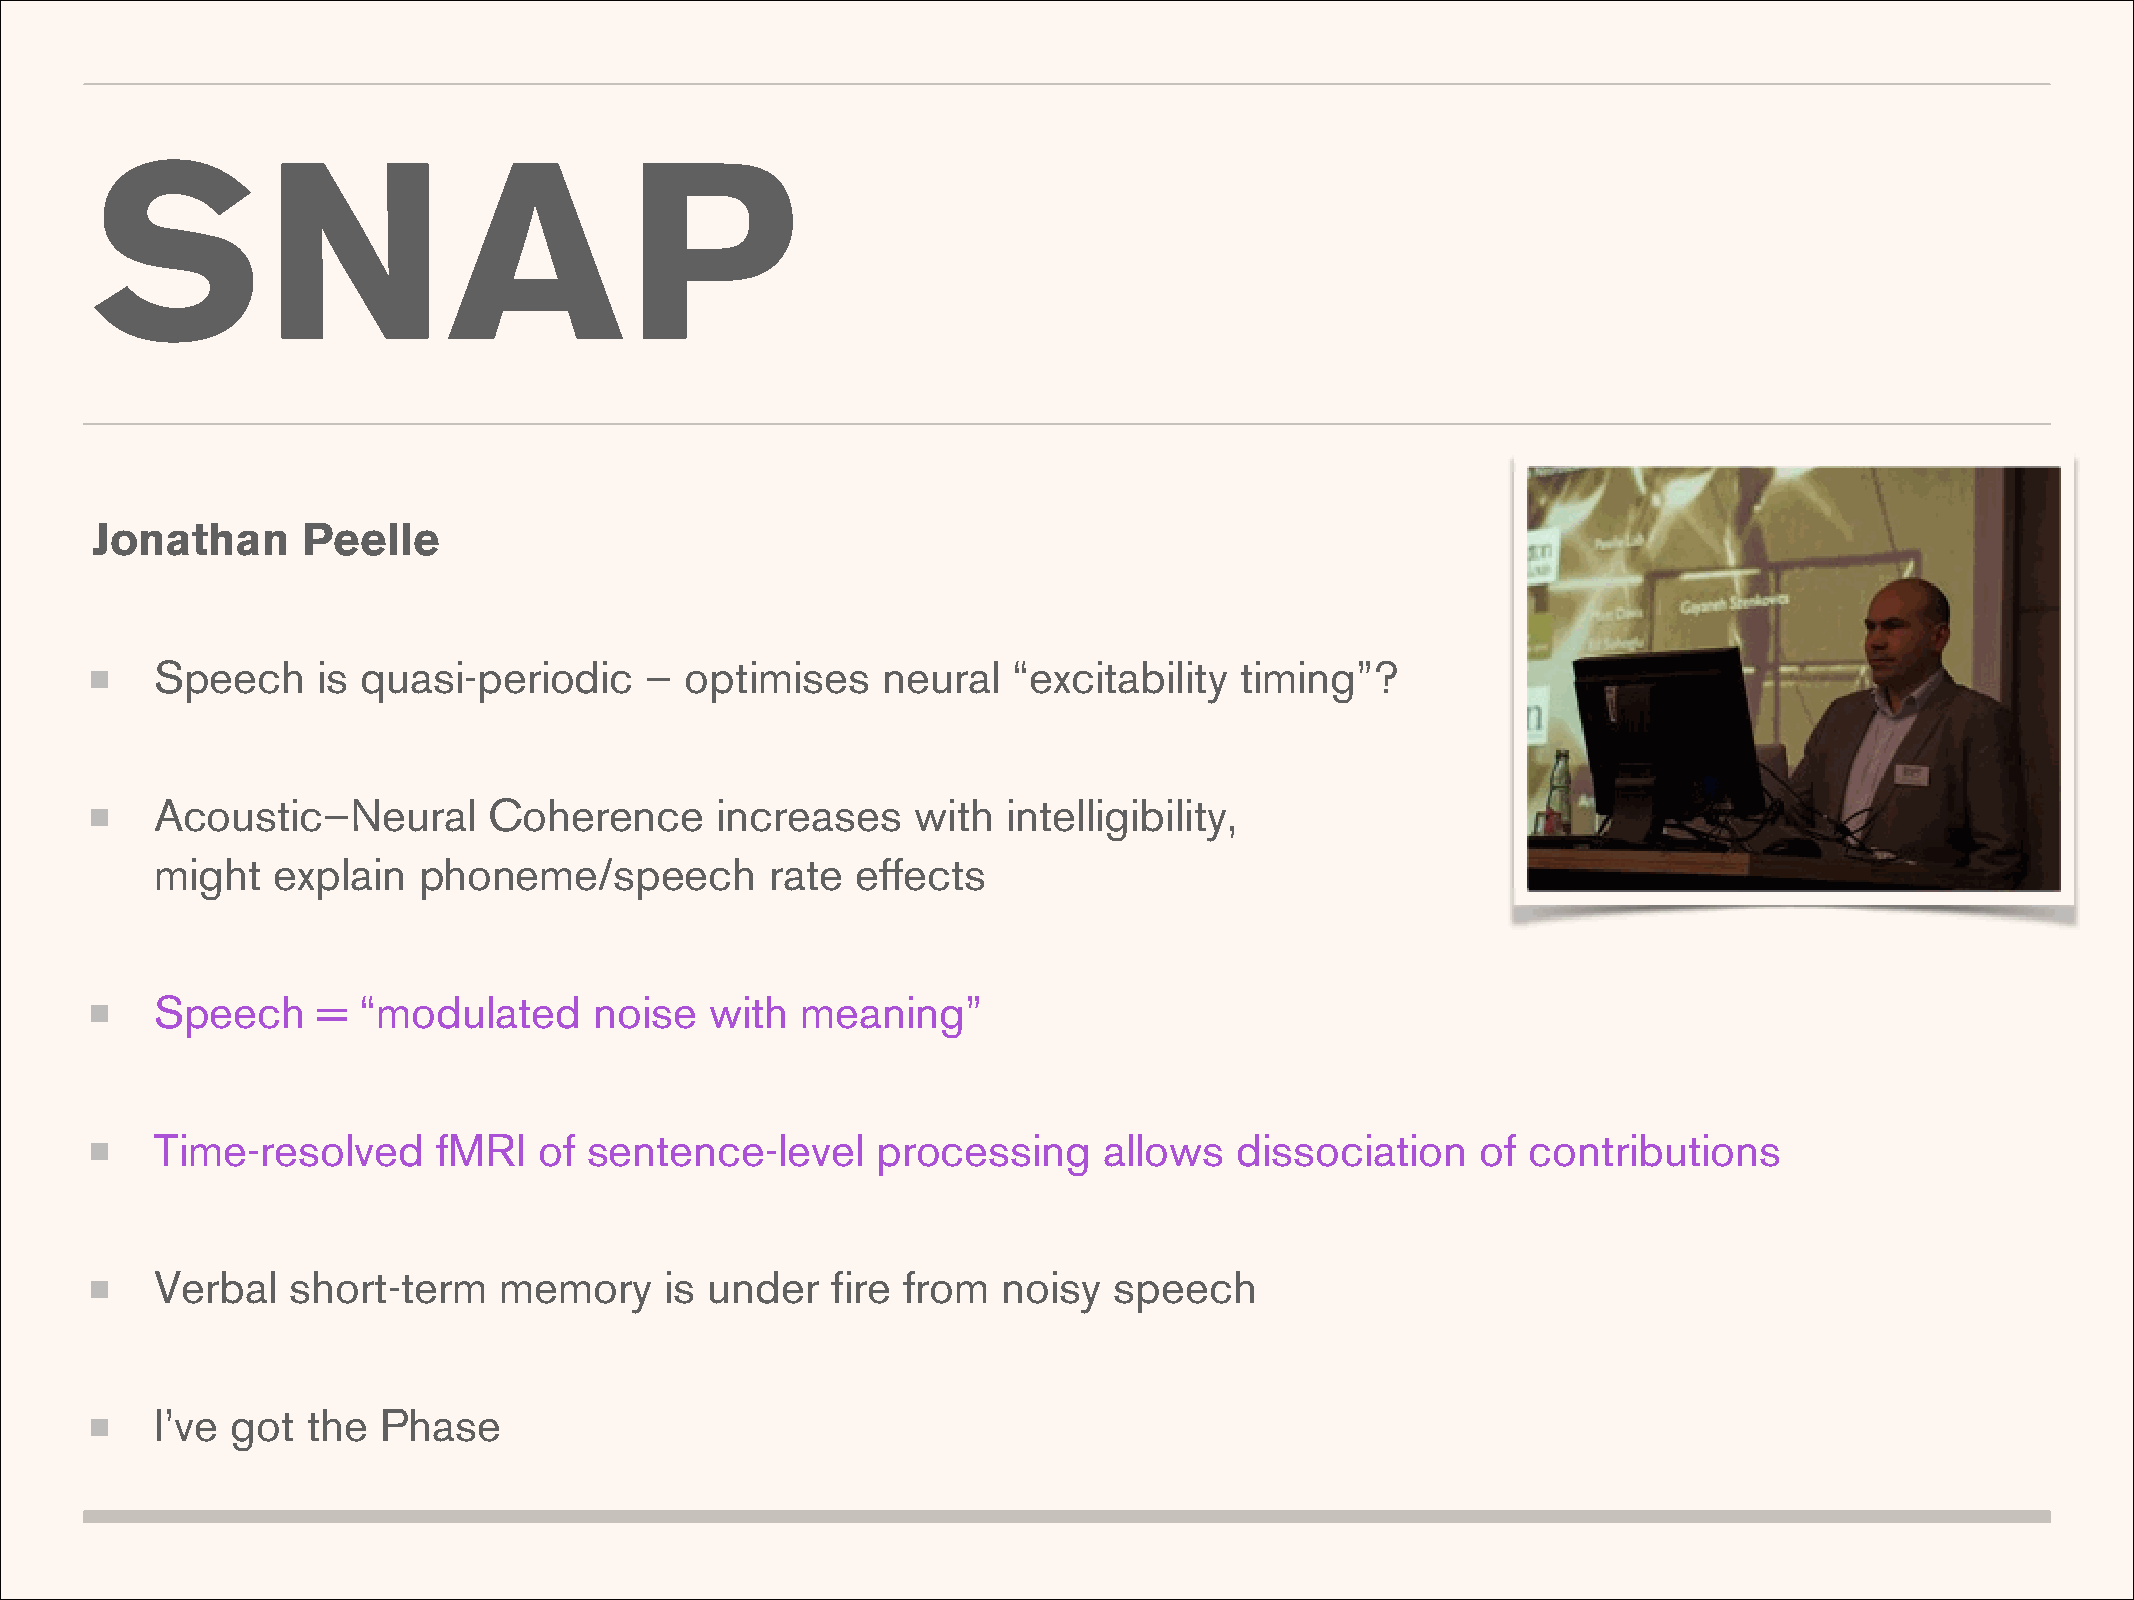
SNAP
 Jonathan      Peelle
 Speech     is quasi-periodic     – optimises    neural   “excitability  timing”?
 Acoustic–Neural       Coherence      increases    with   intelligibility,
 might   explain   phoneme/speech         rate  effects
 Speech     =  “modulated     noise   with  meaning”
 Time-resolved      fMRI   of sentence-level     processing     allows   dissociation    of contributions
 Verbal   short-term    memory     is under   fire from  noisy   speech
 I’ve got  the  Phase